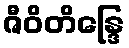
ဇီဝိတိန္ဒြေ